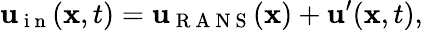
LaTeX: \mathbf{u}_{\mathrm{~i~n~}}(\mathbf{x},t)=\mathbf{u}_{\mathrm{~R~A~N~S~}}(\mathbf{x})+\mathbf{u}^{\prime}(\mathbf{x},t),